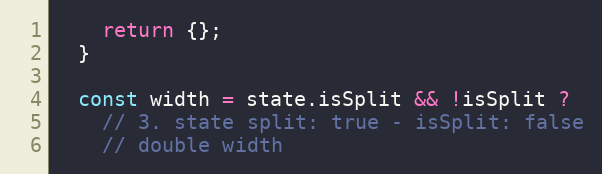
Language: JavaScript
    return {};
  }

  const width = state.isSplit && !isSplit ?
    // 3. state split: true - isSplit: false
    // double width